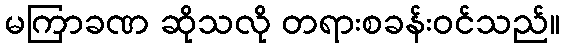
မကြာခဏ ဆိုသလို တရားစခန်းဝင်သည်။